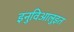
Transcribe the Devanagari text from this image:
इनुविआलुइत